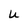
Character: U